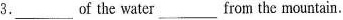
3.___ of the water ___ from the mountain.